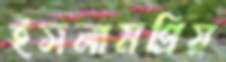
ইসলামপ্রিয়